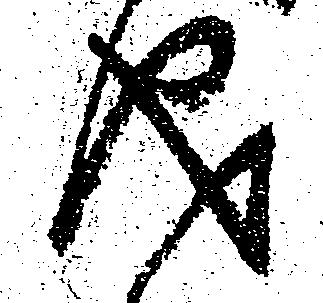
儀